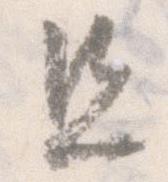
且